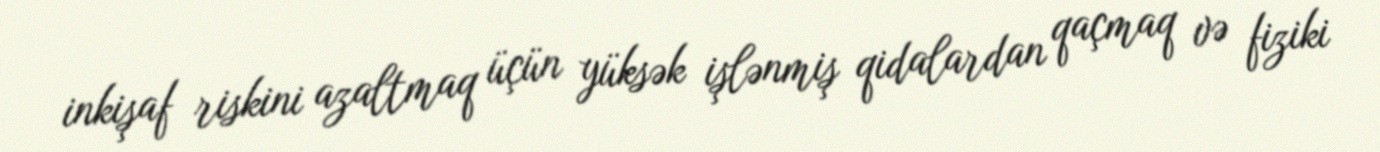
inkişaf riskini azaltmaq üçün yüksək işlənmiş qidalardan qaçmaq və fiziki